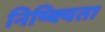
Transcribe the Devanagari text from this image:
निष्क्यिता